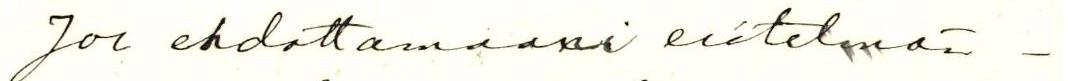
Jos ehdottamaani esitelmän-